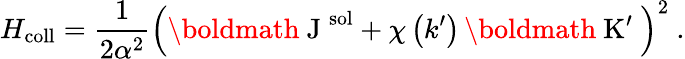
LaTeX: H_{\mathrm{coll}}=\frac{1}{2\alpha^{2}}\left(\mathrm{\boldmath~J~}^{\mathrm{sol}}+\chi\left(k^{\prime}\right)\, \mathrm{\boldmath~K^{\prime}~}\right)^{2}\ .